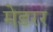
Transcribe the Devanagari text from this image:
मेडरर